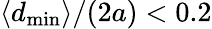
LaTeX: \langle d_{\mathrm{min}}\rangle/(2a)<0.2